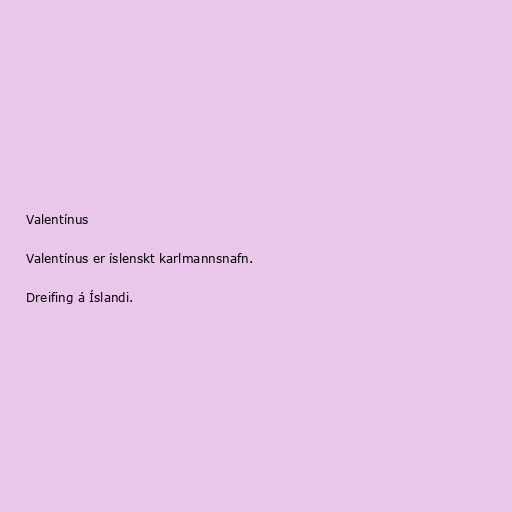
Valentínus

Valentínus er íslenskt karlmannsnafn.

Dreifing á Íslandi.